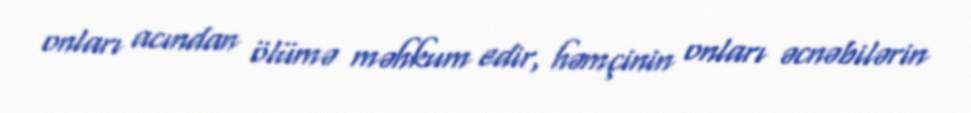
onları acından ölümə məhkum edir, həmçinin onları əcnəbilərin